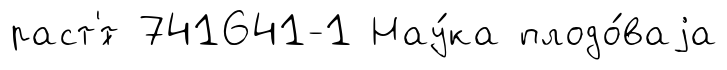
раст'́т 741641-1 Нау́ка плодо́ваjа